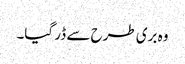
وہ بری طرح سے ڈر گیا۔